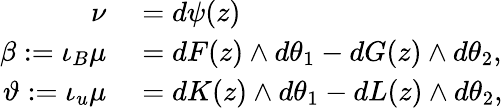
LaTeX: \begin{array}{rl}{\nu}&{{}=d\psi(z)}\\ {\beta:=\iota_{B}\mu}&{{}=dF(z)\wedge d\theta_{1}-dG(z)\wedge d\theta_{2},}\\ {\vartheta:=\iota_{u}\mu}&{{}=dK(z)\wedge d\theta_{1}-dL(z)\wedge d\theta_{2},}\end{array}